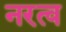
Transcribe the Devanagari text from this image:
नरत्व